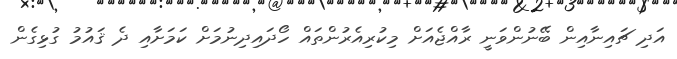
އަދި ޗައިނާއިން ބޭނުންވަނީ ރާއްޖެއަށް މިކުރިއެރުންތައް ހޯދައިދިނުމަށް ކަަމަށާއި ދެ ޤައުމު ގުޅިގެން